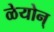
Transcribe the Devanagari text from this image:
ळेयोन्